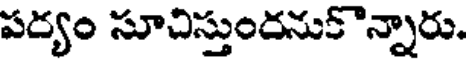
పర్యం సూచిస్తుందనుకొన్నారు.